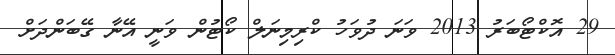
29 އޮކްޓޯބަރު 2013 ވަނަ ދުވަހު ކްރިމިނަލް ކޯޓުން ވަނީ އޭނާ ގޭބަންދަށް